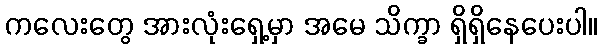
ကလေးတွေ အားလုံးရှေ့မှာ အမေ သိက္ခာ ရှိရှိနေပေးပါ။